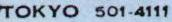
TOKYO 501-4111